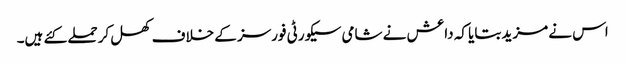
اس نے مزید بتایا کہ داعش نے شامی سیکورٹی فورسز کے خلاف کھل کر حملے کئے ہیں۔